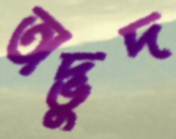
অদ্ভুদ